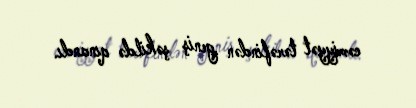
cəmiyyət tərəfindən geniş şəkildə qınandı.